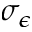
\sigma _ { \epsilon }